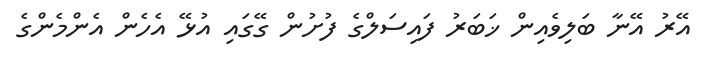
އޭރު އޭނާ ބަލިވެއިން ޚަބަރު ފައިސަލްގެ ފުށުން ގޭގައި އުޅޭ އެހެން އެންމެންގެ